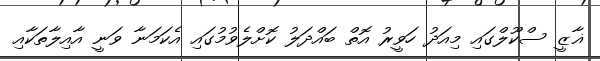
ޣާޒީ ސްކޫލްގައި މިއަދު ހަވީރު އޮތް ބައްދަލު ކޮށްލެވުމުގައި އެކަމަނާ ވަނީ އާއިލާތަކާއި